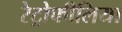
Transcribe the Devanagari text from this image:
रेट्रोफीलिया